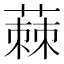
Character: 蕀